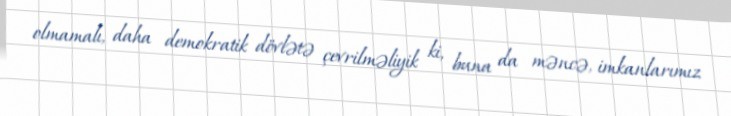
olmamalı, daha demokratik dövlətə çevrilməliyik ki, buna da məncə, imkanlarımız